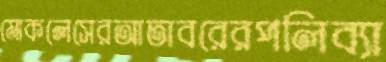
মোকলেসেরআতাবরেরপলিব্যা